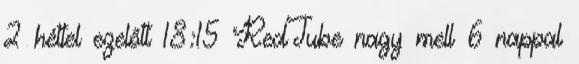
2 héttel ezelőtt 18:15 RedTube nagy mell 6 nappal